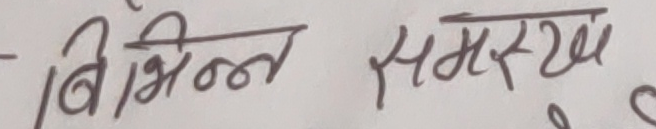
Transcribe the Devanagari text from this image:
- बिभिन्न समस्या